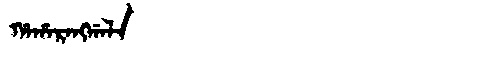
Manchu: ᡥᠠᡥᠠᡵᠠᠩᡤᠠᠯᠠ
Romanization: HAHARANGGALA